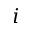
i